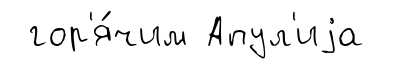
гор'я́чим Апул'иjа